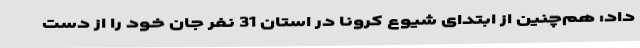
داد: هم‌چنین از ابتدای شیوع کرونا در استان 31 نفر جان خود را از دست